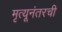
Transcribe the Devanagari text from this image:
मृत्यूनंतरची